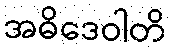
အဓိဒေဝါတိ